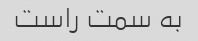
به سمت راست